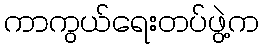
ကာကွယ်ရေးတပ်ဖွဲ့က